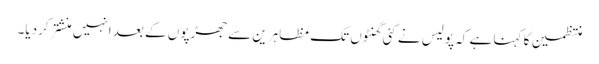
منتظمین کا کہنا ہے کہ پولیس نے کئی گھنٹوں تک مظاہرین سے جھڑپوں کے بعد انہیں منشتر کردیا۔